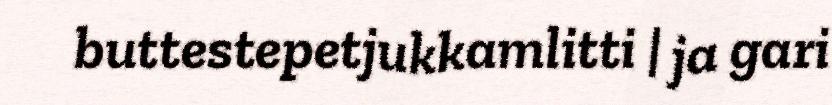
buttestepetjukkamlitti | ja gari